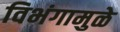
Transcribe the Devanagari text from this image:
विभंगामुळे